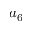
a _ { 6 }